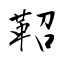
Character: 鞀